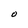
Character: O